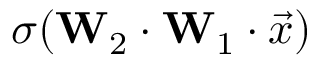
\sigma ( \mathbf { W } _ { 2 } \cdot \mathbf { W } _ { 1 } \cdot \Vec { x } )